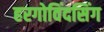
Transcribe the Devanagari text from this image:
हरगोविंदसिंग